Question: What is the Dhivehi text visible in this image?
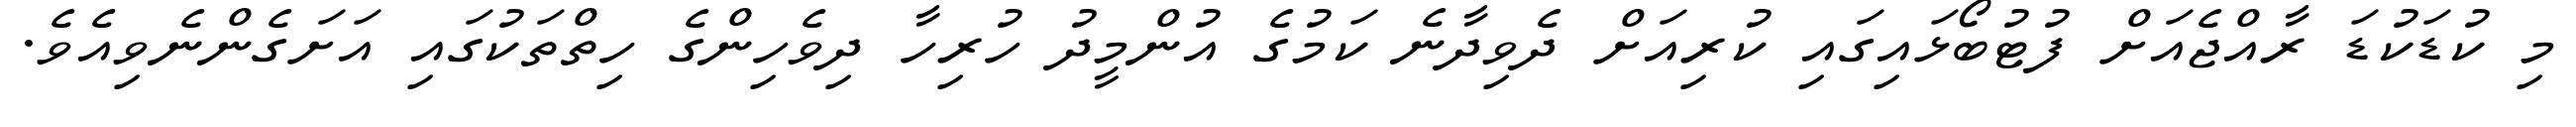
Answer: މި ކުޑަކުޑަ ރާއްޖެއަށް ފުޓުބޯޅައިގައި ކުރިއަށް ދެވިދާނެ ކަމުގެ އުންމީދު ހުރިހާ ދިވެހިންގެ ހިތްތަކުގައި އަށަގެންނެވިއެވެ.